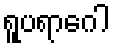
ရူပရာဂေါ